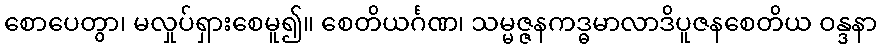
စောပေတွာ၊ မလှုပ်ရှားစေမူ၍။ စေတိယင်္ဂဏ၊ သမ္မဇ္ဇနကဒ္ဓမာလာဒိပူဇနစေတိယ ဝန္ဒနာ